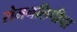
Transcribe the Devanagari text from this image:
रोमनलिपीचा